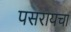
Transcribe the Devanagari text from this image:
पसरायचा